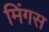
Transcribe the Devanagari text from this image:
मिंगस